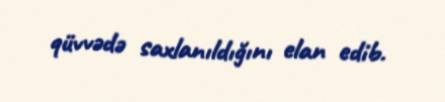
qüvvədə saxlanıldığını elan edib.